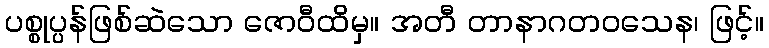
ပစ္စုပ္ပန်ဖြစ်ဆဲသော ဇောဝီထိမှ။ အတီ တာနာဂတဝသေန၊ ဖြင့်။